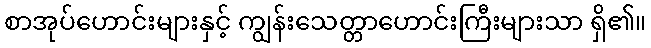
စာအုပ်ဟောင်းများနှင့် ကျွန်းသေတ္တာဟောင်းကြီးများသာ ရှိ၏။